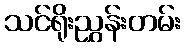
သင်ရိုးညွှန်းတမ်း